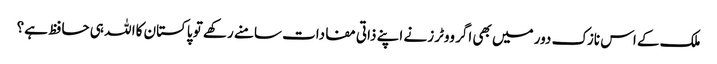
ملک کے اس نازک دور میں بھی اگر ووٹرز نے اپنے ذاتی مفادات سامنے رکھے تو پاکستان کاا للہ ہی حافظ ہے؟